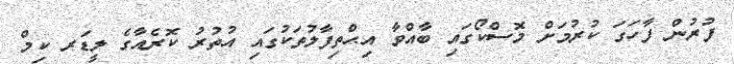
ފުރުން ފާހަގަ ކުރުމަށް މޮސްކޯގައި ބާއްވާ އިޙްތިފާލުތަކުގައި އުތުރު ކޮރެއާގެ ލީޑަރ ކިމް